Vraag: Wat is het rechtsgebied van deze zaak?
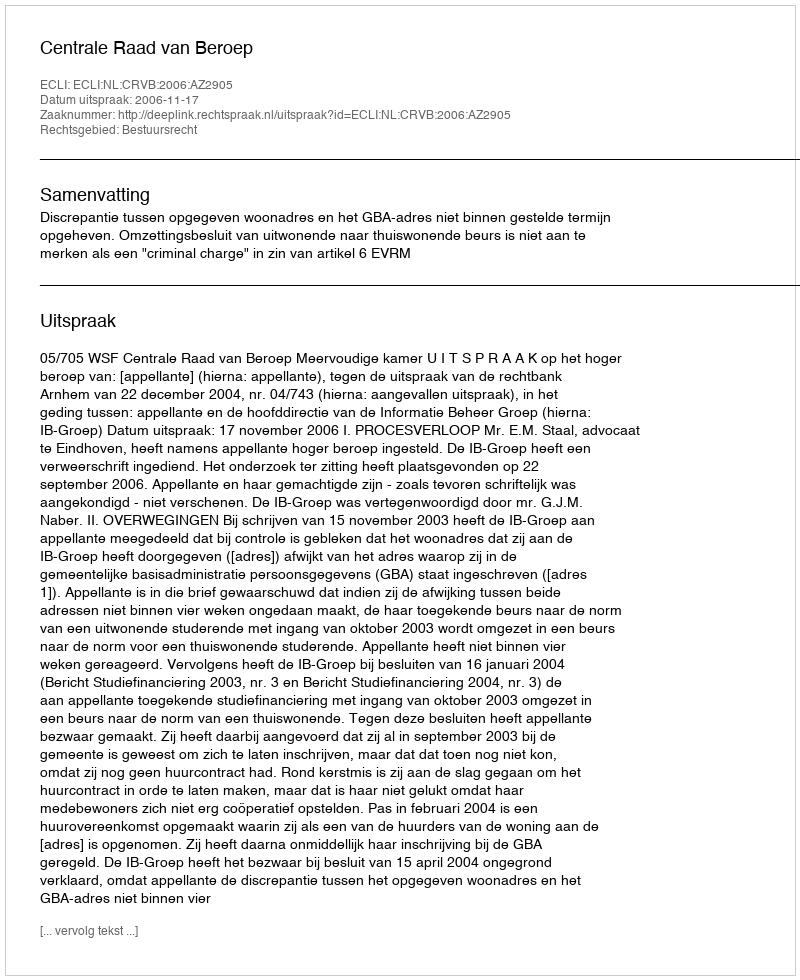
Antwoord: Bestuursrecht